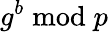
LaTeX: g^{b}{\bmod{p}}